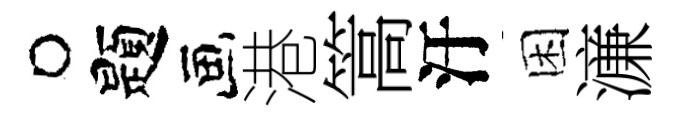
题港篙汙困濓